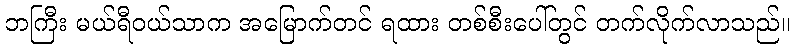
ဘကြီး မယ်ရီဝယ်သာက အမြောက်တင် ရထား တစ်စီးပေါ်တွင် တက်လိုက်လာသည်။